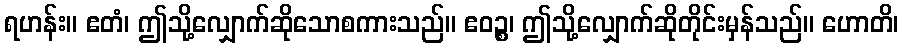
ရဟန်း။ ဧတံ၊ ဤသို့လျှောက်ဆိုသောစကားသည်။ ဧဝဉ္စ၊ ဤသို့လျှောက်ဆိုတိုင်းမှန်သည်။ ဟောတိ၊